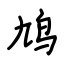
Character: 鸠